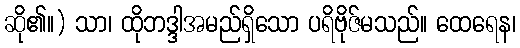
ဆို၏။) သာ၊ ထိုဘဒ္ဒါအမည်ရှိသော ပရိဗိုဇ်မသည်။ ထေရေန၊